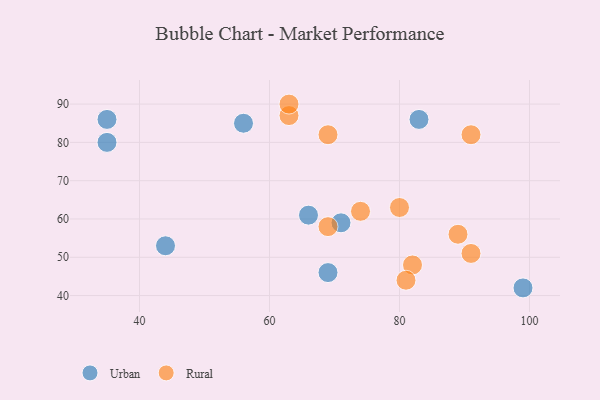
{"axis": {"x": "GDP", "y": "Life Expectancy"}, "legend": ["Rural", "Urban"], "data": [{"x": "69", "y": 46, "type": "Urban"}, {"x": "44", "y": 53, "type": "Urban"}, {"x": "71", "y": 59, "type": "Urban"}, {"x": "56", "y": 85, "type": "Urban"}, {"x": "66", "y": 61, "type": "Urban"}, {"x": "35", "y": 86, "type": "Urban"}, {"x": "35", "y": 80, "type": "Urban"}, {"x": "83", "y": 86, "type": "Urban"}, {"x": "99", "y": 42, "type": "Urban"}, {"x": "69", "y": 82, "type": "Rural"}, {"x": "82", "y": 48, "type": "Rural"}, {"x": "74", "y": 62, "type": "Rural"}, {"x": "89", "y": 56, "type": "Rural"}, {"x": "91", "y": 51, "type": "Rural"}, {"x": "69", "y": 58, "type": "Rural"}, {"x": "80", "y": 63, "type": "Rural"}, {"x": "63", "y": 87, "type": "Rural"}, {"x": "63", "y": 90, "type": "Rural"}, {"x": "91", "y": 82, "type": "Rural"}, {"x": "81", "y": 44, "type": "Rural"}]}